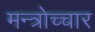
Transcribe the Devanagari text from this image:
मन्त्रोच्चार